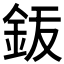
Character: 𬫆